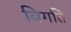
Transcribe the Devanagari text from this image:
विगति